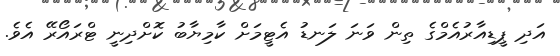
އަދި ޕީޑިއާރުއެމްގެ ތިން ވަނަ ލަނޑު އެޓީމަށް ކާމިޔާބު ކޮށްދިނީ ޓްރައޯރޭ އެވެ.